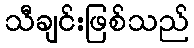
သီချင်းဖြစ်သည်